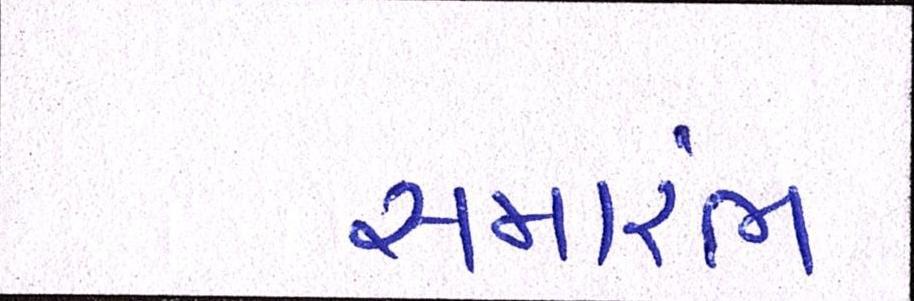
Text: સમાંરભ